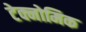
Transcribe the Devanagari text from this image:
टेक्नोमिक